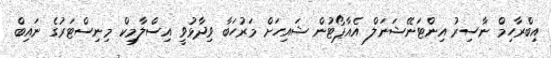
އިބްރާހިމް ނާސިރު އިންޓަނޭޝަނަލް އެއާޕޯޓުން ޝައިހަށް މަރުހަބާ ވިދާޅުވީ އިސްލާމިކް މިނިސްޓަރުގެ ނައިބް